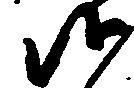
候